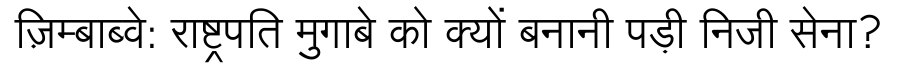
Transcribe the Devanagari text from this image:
ज़िम्बाब्वे: राष्ट्रपति मुगाबे को क्यों बनानी पड़ी निजी सेना?